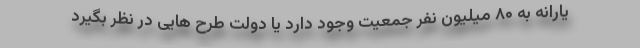
یارانه به ۸۰ میلیون نفر جمعیت وجود دارد یا دولت طرح هایی در نظر بگیرد